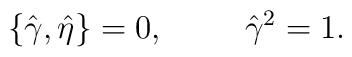
\left \{\hat\gamma,\hat\eta\right \}=0, \hspace*{1cm} \hat\gamma^2=1.